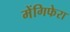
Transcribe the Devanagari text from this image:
मेंगिफेरा